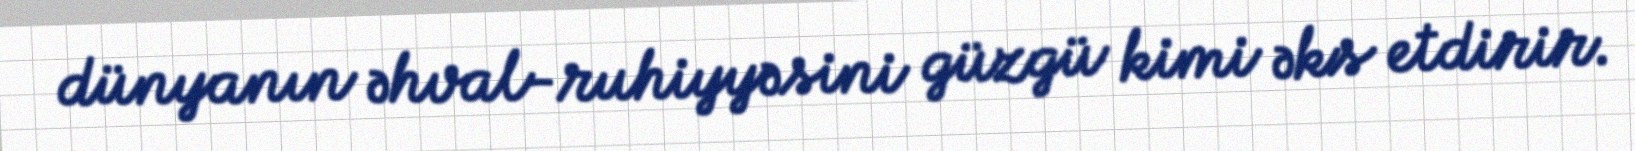
dünyanın əhval-ruhiyyəsini güzgü kimi əks etdirir.